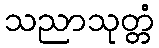
သညာသုတ္တံ